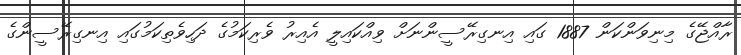
ރާއްޖޭގެ މިނިވަންކަން 1887 ގައި އިނގިރޭސީންނަށް ވިއްކައިލީ އެއިރު ވެރިކަމުގެ ދަހިވެތިކަމުގައި އިނގިރޭސީންގެ